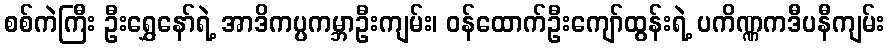
စစ်ကဲကြီး ဦးရွှေနော်ရဲ့ အာဒိကပ္ပကမ္ဘာဦးကျမ်း၊ ဝန်ထောက်ဦးကျော်ထွန်းရဲ့ ပကိဏ္ဏကဒီပနီကျမ်း